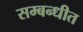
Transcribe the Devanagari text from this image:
सम्बन्धीत